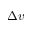
\Delta v